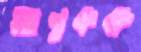
আন্তকক্ষ